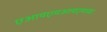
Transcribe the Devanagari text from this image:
एआयएमआयएमच्या